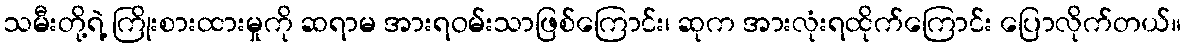
သမီးတို့ရဲ့ ကြိုးစားထားမှုကို ဆရာမ အားရဝမ်းသာဖြစ်ကြောင်း၊ ဆုက အားလုံးရထိုက်ကြောင်း ပြောလိုက်တယ်။